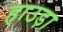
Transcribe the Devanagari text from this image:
हाउड़ा